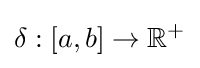
\delta :[a,b]\to \mathbb {R} ^{+}